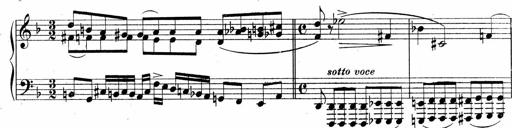
Title: Sonatina No.5
Composer: Otto Stoll
Key: F-sharp minor